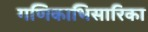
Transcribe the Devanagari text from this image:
गणिकाभिसारिका